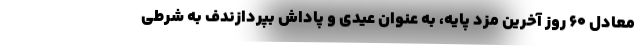
معادل 60 روز آخرین مزد پایه، به عنوان عیدی و پاداش بپردازندف به شرطی